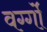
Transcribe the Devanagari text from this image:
वर्ग्गो